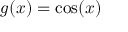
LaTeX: g ( x ) = \cos ( x )